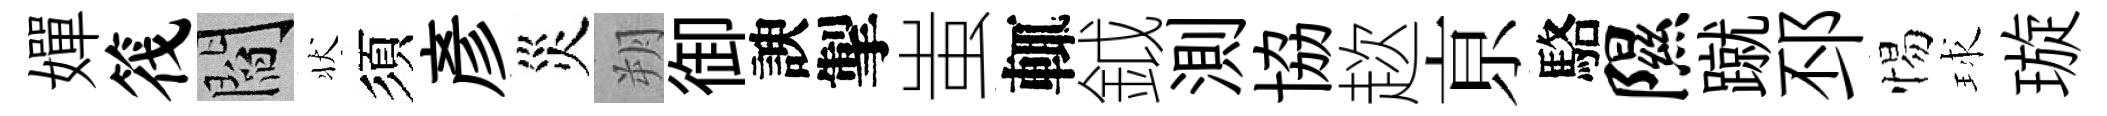
嬋筏閻状須彥災朔御諛掣蚩輒鉞測協趑亰駱隰蹴邳惕球璇